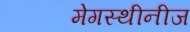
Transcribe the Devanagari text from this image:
मेगस्थीनीज